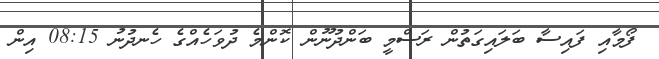
ފޯމާއި ފައިސާ ބަލައިގަތުން ރަސްމީ ބަންދުނޫން ކޮންމެ ދުވަހެއްގެ ހެނދުނު 08:15 އިން